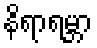
နိရာရမ္ဘာ